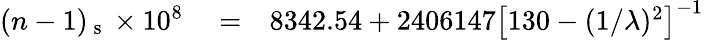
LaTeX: \begin{array}{rlr}{(n-1)_{\mathrm{~s~}}\times 10^{8}}&{{}=}&{8342.54+2406147\left[130-(1/\lambda)^{2}\right]^{-1}}\end{array}